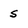
Character: S